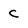
Character: c